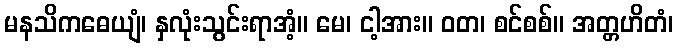
မနသိကဓေယျံ၊ နှလုံးသွင်းရာအံ့။ မေ၊ ငါ့အား။ ဝတ၊ စင်စစ်။ အတ္တဟိတံ၊